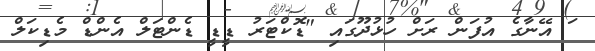
ަ އޭނާގެ އުފަން ރަށް ހުޅުދޫގައި "ޑޮކްޓަރު ޑީޑީ ޑެންޓަލް އެންޑް މެޑިކަލް